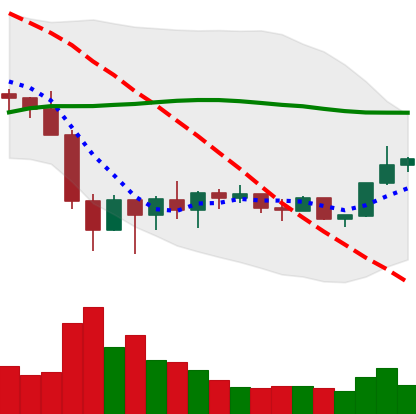
Ticker: BNB-USD
Chart end date: 2022-02-06
Forward return: -4.558%
Label: down_3_5